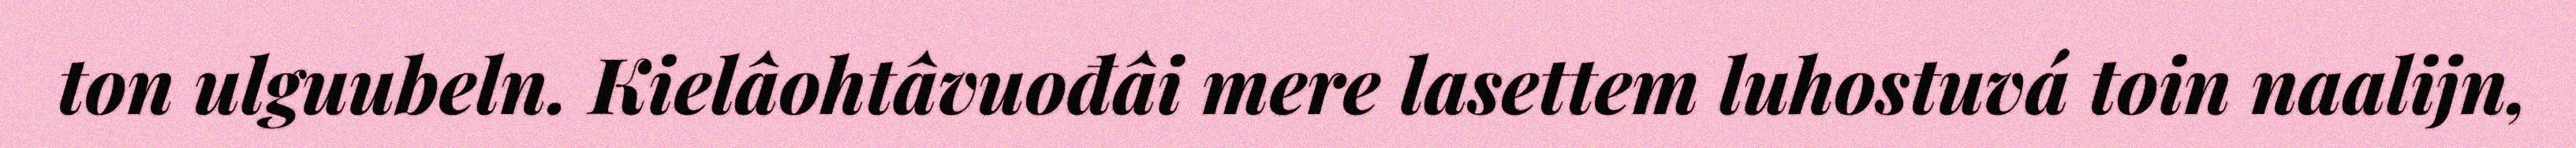
ton ulguubeln. Kielâohtâvuođâi mere lasettem luhostuvá toin naalijn,